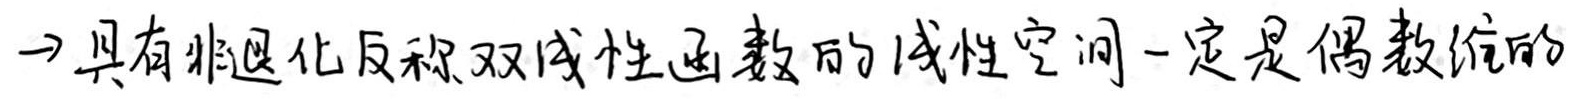
$\to$ 具有非退化反称双线性函数的线性空间一定是偶数维的